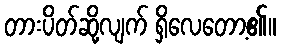
တားပိတ်ဆို့လျက် ရှိလေတော့၏။